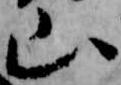
山